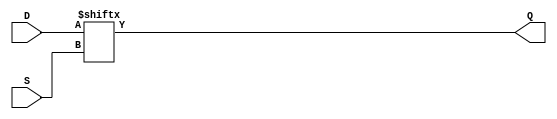
module mux32(Q,D,S);
input [31:0] D;
input [4:0] S;
output Q;
assign Q = D[S];
endmodule